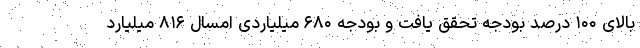
بالای ۱۰۰ درصد بودجه تحقق یافت و بودجه ۶۸۰ میلیاردی امسال ۸۱۶ میلیارد